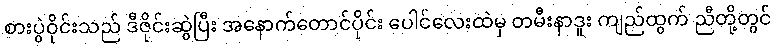
စားပွဲဝိုင်းသည် ဒီဇိုင်းဆွဲပြီး အနောက်တောင်ပိုင်း ပေါင်လေးထဲမှ တမီးနာဒူး ကျည်ထွက် ညီတို့တွင်